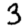
Digit: 3